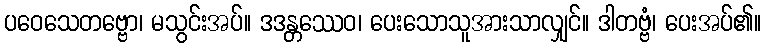
ပဝေသေတဗ္ဗော၊ မသွင်းအပ်။ ဒဒန္တဿေဝ၊ ပေးသောသူအားသာလျှင်။ ဒါတဗ္ဗံ၊ ပေးအပ်၏။